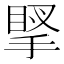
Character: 𢯲